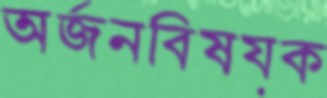
অর্জনবিষয়ক